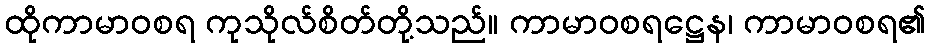
ထိုကာမာဝစရ ကုသိုလ်စိတ်တို့သည်။ ကာမာဝစရဋ္ဌေန၊ ကာမာဝစရ၏